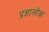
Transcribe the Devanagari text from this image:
प्रज्ञालोक